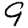
Digit: 9